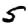
Digit: 5